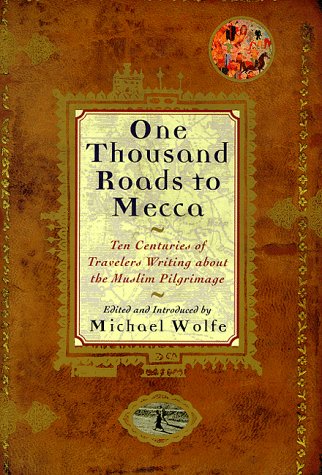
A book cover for One Thousand Roads to Mecca: Ten Centuries of Travelers Writing About the Muslim Pilgrimage; Travel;